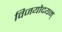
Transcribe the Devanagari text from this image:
विजयोदयम्